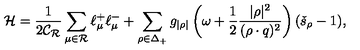
{ \cal H } = \frac { 1 } { 2 \mathcal { C _ { R } } } \sum _ { \mu \in \mathcal { R } } \ell _ { \mu } ^ { + } \ell _ { \mu } ^ { - } + \sum _ { \rho \in \Delta _ { + } } g _ { | \rho | } \left( \omega + \frac { 1 } { 2 } { \frac { | \rho | ^ { 2 } } { ( \rho \cdot q ) ^ { 2 } } } \right) ( \check { s } _ { \rho } - 1 ) ,